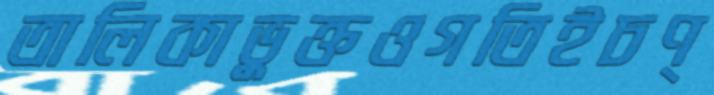
তালিকাভুক্তওগতিইচণ্